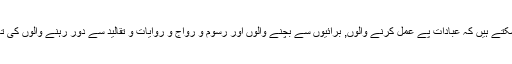
آپ اس کا اندازہ اس طرح لگا سکتے ہیں کہ عبادات پے عمل کرنے والوں, برائیوں سے بچنے والوں اور رسوم و رواج و روایات و تقالید سے دور رہنے والوں کى تعداد کے بارے میں پتہ لگائیے۔